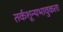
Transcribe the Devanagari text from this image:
तर्कशून्यभावुकता